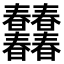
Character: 𣌠